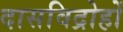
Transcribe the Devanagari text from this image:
दासविद्रोहों